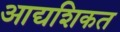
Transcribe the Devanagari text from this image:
आद्यशिकत